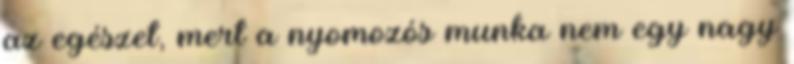
az egészet, mert a nyomozós munka nem egy nagy